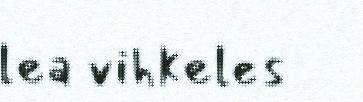
lea vihkeles